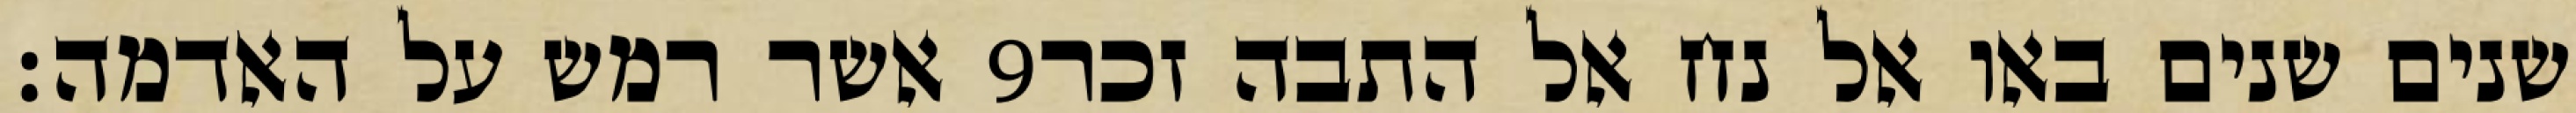
אשר רמש על האדמה׃ ‎9‏ שנים שנים באו אל נח אל התבה זכר